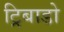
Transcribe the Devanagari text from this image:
ट्रिबाडो